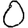
Digit: 0